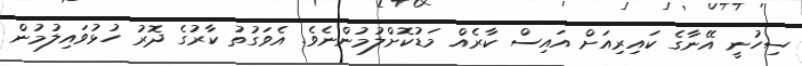
ސިހުނީ އޭނާގެ ކައިރިއަށް އައިސް ކާރެއް މަޑުކޮށްލުމުންނެވެ. އެވަގުތު ކާރުގެ ދޮރު ހުޅުވައިލުމުން